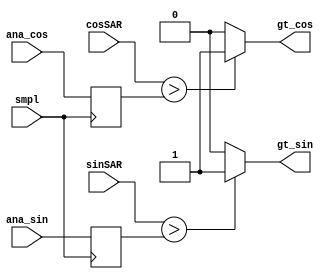
`timescale 1ns/100ps;
module AtoD_analog(cosSAR,sinSAR,ana_cos,ana_sin,smpl,gt_cos,gt_sin);

input [11:0] cosSAR,sinSAR;	
// from A2D digital, acts as DAC input
input [11:0] ana_cos,ana_sin;	
// 12-bit representation of analog input
input smpl;			
// sample input from A2D digital

output gt_cos,gt_sin;		// represents comparator output of both sin and cos channels.

reg [11:0] ana_cos_smpld,ana_sin_smpld;	// sampled versions of "analog" inputs

always @(negedge smpl)
  begin
    ana_cos_smpld = ana_cos;
    ana_sin_smpld = ana_sin;
  end

assign gt_cos = (cosSAR>ana_cos_smpld) ? 1'b1 : 1'b0;
assign gt_sin = (sinSAR>ana_sin_smpld) ? 1'b1 : 1'b0;


endmodule